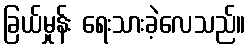
ခြယ်မှုန်း ရေးသားခဲ့လေသည်။